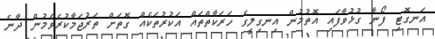
އަނގޮޓި ފޯނާ ގުޅުވާފައި އޮތުމުން އިނގިލީގެ ހަރަކާތްތައް އަކުރުތަކެއް ގޮތަށް ތަރުޖަމާކުރެވެމުން ދާނެ